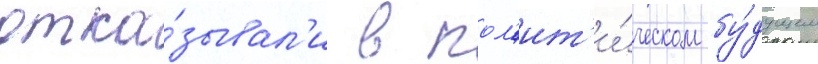
отка́зывал'и в пол'ит'и́ческом бу́дущем